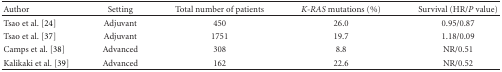
<table><thead><tr><td><b>Author</b></td><td><b>Setting</b></td><td><b>Total number of patients</b></td><td><b><i>K-RAS</i> mutations (%)</b></td><td><b>Survival (HR/<i>P</i> value)</b></td></tr></thead><tbody><tr><td>Tsao et al. [24]</td><td>Adjuvant</td><td>450</td><td>26.0</td><td>0.95/0.87</td></tr><tr><td>Tsao et al. [37]</td><td>Adjuvant</td><td>1751</td><td>19.7</td><td>1.18/0.09</td></tr><tr><td>Camps et al. [38]</td><td>Advanced</td><td>308</td><td>8.8</td><td>NR/0.51</td></tr><tr><td>Kalikaki et al. [39]</td><td>Advanced</td><td>162</td><td>22.6</td><td>NR/0.52</td></tr></tbody></table>